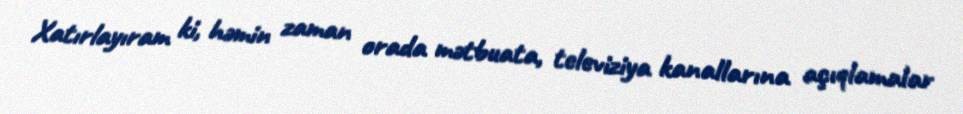
Xatırlayıram ki, həmin zaman orada mətbuata, televiziya kanallarına açıqlamalar